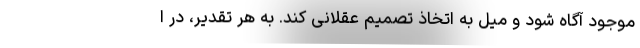
موجود آگاه شود و میل به اتخاذ تصمیم عقلانی کند. به هر تقدیر، در ا